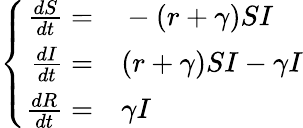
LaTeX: \left\{ \begin{array}{rl}{\frac{dS}{dt}=}&{{}-(r+\gamma)SI}\\ {\frac{dI}{dt}=}&{{}(r+\gamma)SI-\gamma I}\\ {\frac{dR}{dt}=}&{{}\gamma I}\end{array}\right.